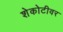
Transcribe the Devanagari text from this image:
शेकोटीवर